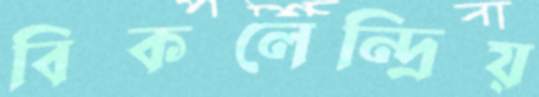
বিকলেন্দ্রিয়